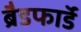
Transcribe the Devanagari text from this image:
ब्रैडफाॅर्ड